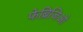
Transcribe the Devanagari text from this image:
फेब्रिजिओ